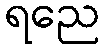
ရညေ